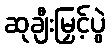
ဆုချီးမြှင့်ပွဲ